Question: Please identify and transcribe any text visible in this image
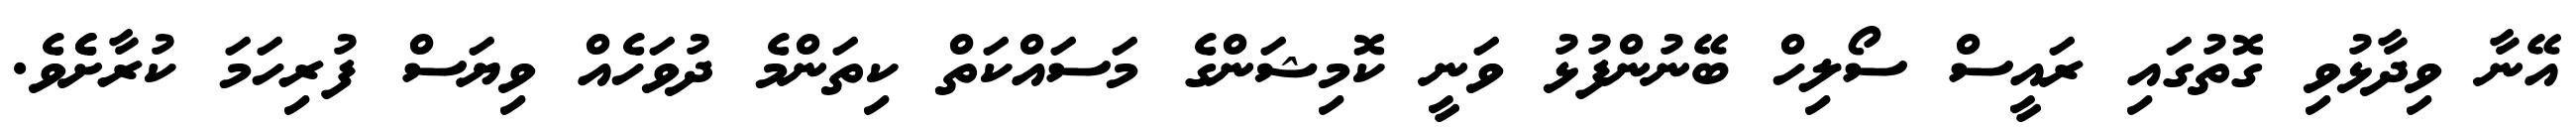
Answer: އޭނާ ވިދާޅުވި ގޮތުގައި ރައީސް ސޯލިހް ބޭނުންފުޅު ވަނީ ކޮމިޝަންގެ މަސައްކަތް ކިތަންމެ ދުވަހެއް ވިޔަސް ފުރިހަމަ ކުރާށެެވެ.